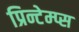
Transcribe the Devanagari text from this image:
प्रिन्टेम्प्स